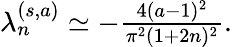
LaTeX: \begin{array}{r}{\lambda_{n}^{(s,a)}\simeq-\frac{4(a-1)^{2}}{\pi^{2}(1+2n)^{2}}.}\end{array}